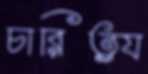
চারিত্র্য